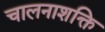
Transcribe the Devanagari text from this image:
चालनाशक्ति